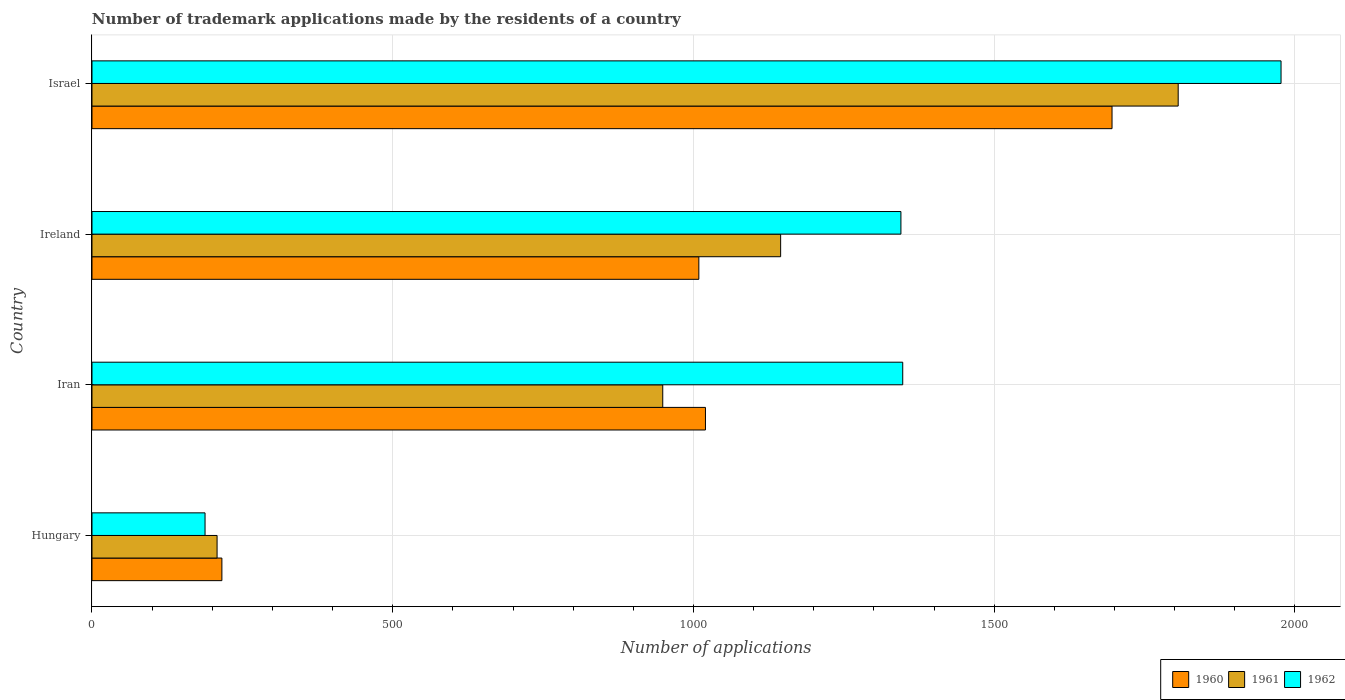
| Country | 1960 | 1961 | 1962 |
 | --- | --- | --- | --- |
 | Hungary | 216 | 208 | 188 |
 | Iran | 1.02e+03 | 949 | 1.35e+03 |
 | Ireland | 1.01e+03 | 1.14e+03 | 1.34e+03 |
 | Israel | 1.7e+03 | 1.81e+03 | 1.98e+03 |